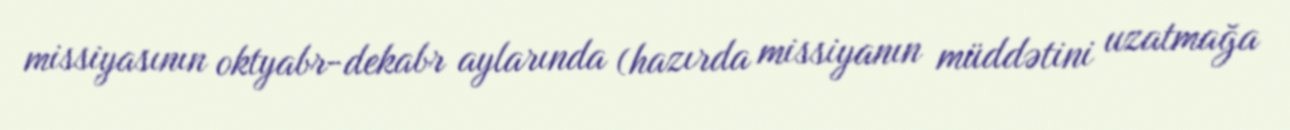
missiyasının oktyabr-dekabr aylarında (hazırda missiyanın müddətini uzatmağa